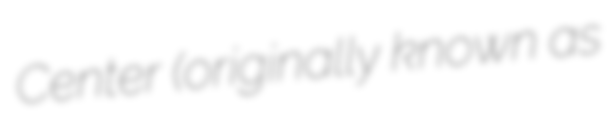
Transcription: Center (originally known as